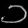
Digit: ၁